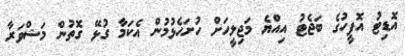
އޮޑިޓު އޮފީހުގެ ބަޖެޓު އިއްޔެ މަޖިލީހަށް ހުށަހެޅުމުން އެކަމާ ގުޅޭ ގޮތުން މަޝްވަރާ